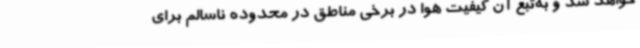
خواهد شد و به‌تبع آن کیفیت هوا در برخی مناطق در محدوده ناسالم برای